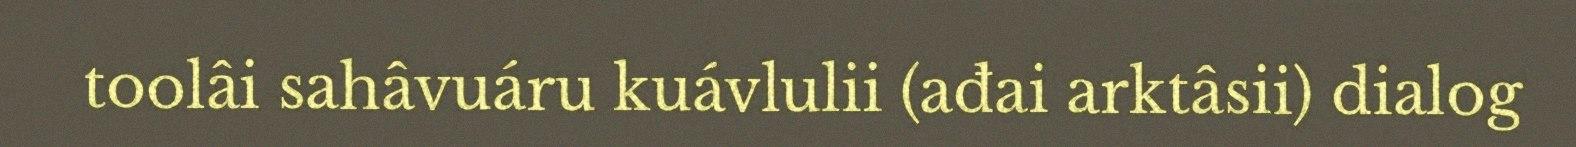
toolâi sahâvuáru kuávlulii (ađai arktâsii) dialog